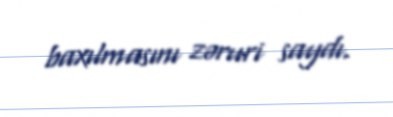
baxılmasını zəruri saydı.